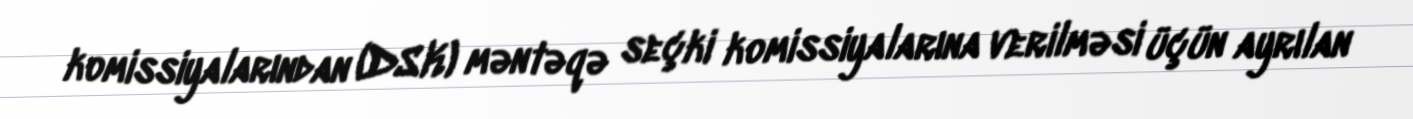
komissiyalarından (DSK) məntəqə seçki komissiyalarına verilməsi üçün ayrılan